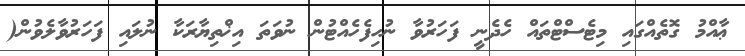
ޢާއްމު ގޮތެއްގައި މިޓެސްޓްތައް ހެދެނީ ފަހަރުވާ ނުހިފެހެއްޓުން ނުވަތަ އިޚްތިޔާރަކާ ނުލައި ފަހަރުވާލެވުން(